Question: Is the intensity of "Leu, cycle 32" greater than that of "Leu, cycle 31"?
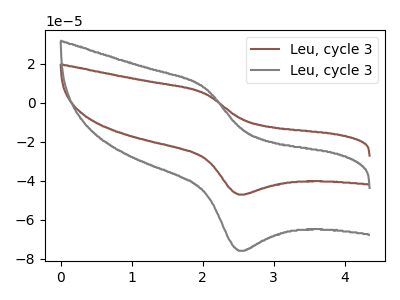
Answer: <think>The brown curve "Leu, cycle 31" has an anodic peak at (2.05V, 4.80uA) and a cathodic peak at (2.50V, -47.05uA). The gray curve "Leu, cycle 32" has an anodic peak at (2.05V, 7.75uA) and a cathodic peak at (2.50V, -75.80uA).
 All the peaks in "Leu, cycle 32" have a peak in "Leu, cycle 31" at the same potential. Every peak in "Leu, cycle 32" is higher than every peak in "Leu, cycle 31".</think>
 <answer>"Leu, cycle 32" has more signal than "Leu, cycle 31".</answer>
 <eval>more_signal</eval>